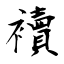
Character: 襩